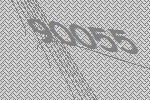
90055